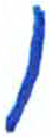
אות: ן